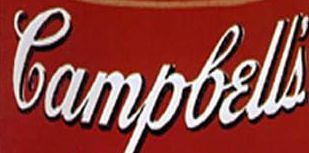
lampbelli